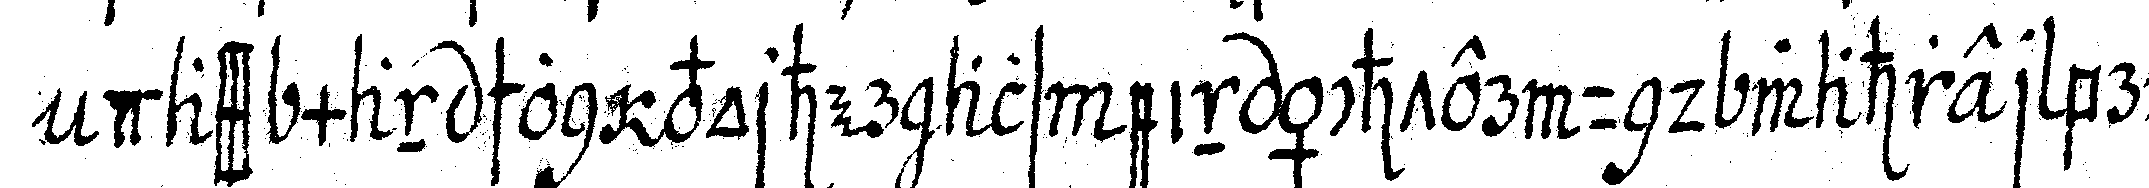
dass man schon vorher als ein ächter und wahrer bru